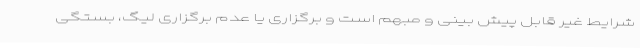
شرایط غیر قابل پیش بینی و مبهم است و برگزاری یا عدم برگزاری لیگ، بستگی